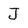
Character: J